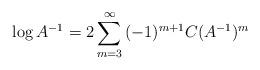
LaTeX: \begin{align*}\log A^{-1}=2\sum_{m=3}^\infty\,(-1)^{m+1}C(A^{-1})^m\end{align*}